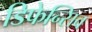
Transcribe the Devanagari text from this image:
डिफेन्सिव